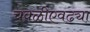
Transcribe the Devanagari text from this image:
चवळीएवढ्या